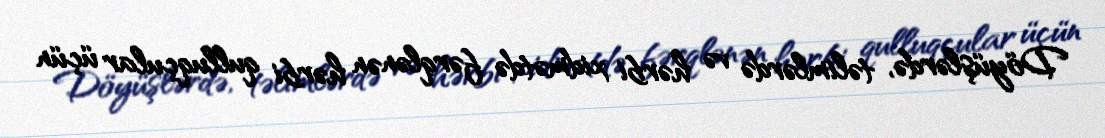
Döyüşlərdə, təlimlərdə və hərbi xidmətdə fərqlənən hərbi qulluqçular üçün